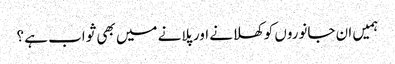
ہمیں ان جانوروں کو کھلانے اور پلانے میں بھی ثواب ہے ؟